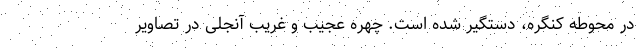
در محوطه کنگره، دستگیر شده است. چهره عجیب و غریب آنجلی در تصاویر